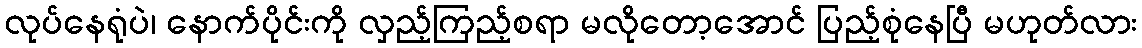
လုပ်နေရုံပဲ၊ နောက်ပိုင်းကို လှည့်ကြည့်စရာ မလိုတော့အောင် ပြည့်စုံနေပြီ မဟုတ်လား